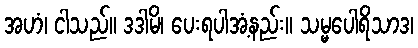
အဟံ၊ ငါသည်။ ဒဒါမိ၊ ပေးရပါအံ့နည်း။ သမ္မပေါရိသာဒ၊